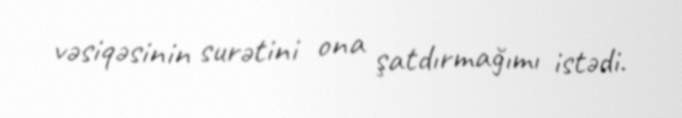
vəsiqəsinin surətini ona şatdırmağımı istədi.